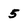
Character: 5